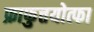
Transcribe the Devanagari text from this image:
फ्राफुत्तयोत्फा